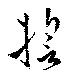
誓